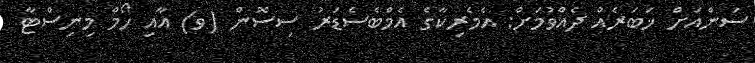
ސަންއަށް ޚަބަރެއް ދެއްވުމަށް: އެމެރިކާގެ އެމްބެސެޑަރު ސިސޮން (ވ) އާއި ހޯމް މިނިސްޓާ